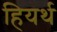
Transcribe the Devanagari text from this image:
हियर्थ